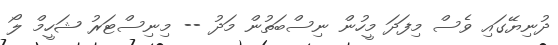
ދުނިޔޭގައި ވެސް މިފަދަ މީހުން ނިސްބަތުން މަދު -- މިނިސްޓަރު ޝަހީމް ލޯ